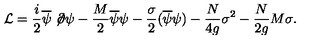
{ \cal L } = \frac { i } 2 \overline { \psi } \not \! \partial \psi - \frac { M } 2 \overline { \psi } \psi - \frac { \sigma } 2 ( \overline { \psi } \psi ) - \frac { N } { 4 g } \sigma ^ { 2 } - \frac { N } { 2 g } M \sigma .